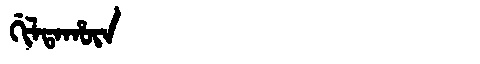
Manchu: ᡤᡳᠯᡨᠠᡥᡡᠨ
Romanization: GILTAHŪN